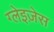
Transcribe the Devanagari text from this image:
ग्लेइज़ेस